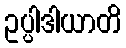
ဥပ္ပါဒါယာတိ